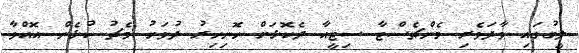
ލީގުގައި ވާދަވެރި މެންޗެސްޓާ ސިޓީއާ ދެކޮޅަށް ހޮނިހިރު ދުވަހު މެޗު ކުޅެން އޮއްވާ